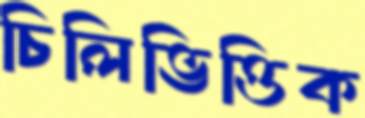
চিলিভিত্তিক